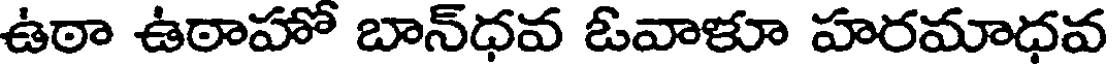
ఉఠా ఉఠాహో బాన్ధవ ఓవాళూ హరమాధవ